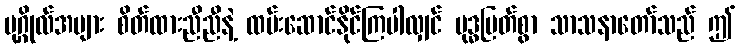
ပုဂ္ဂိုလ်အများ စိတ်ထားညီညီနဲ့ ထမ်းဆောင်နိုင်ကြပါလျှင် ဗုဒ္ဓမြတ်စွာ သာသနာတော်သည် ဤ